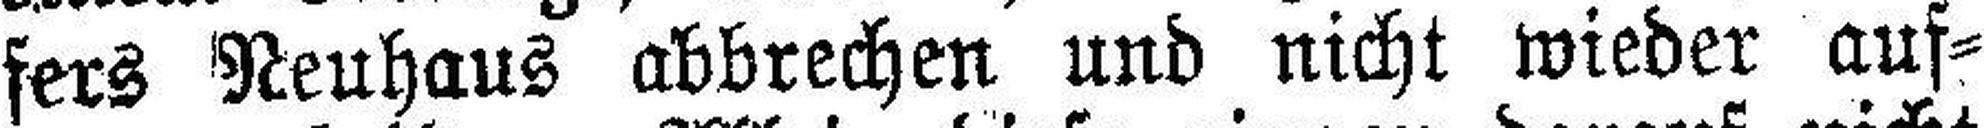
fers Neuhaus abbrechen und nicht wieder auf¬